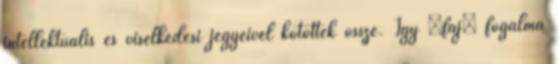
intellektuális és viselkedési jegyeivel kötötték össze. Így „faj” fogalma